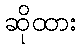
ဆိုထား